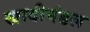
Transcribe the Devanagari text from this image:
खादीमंडल